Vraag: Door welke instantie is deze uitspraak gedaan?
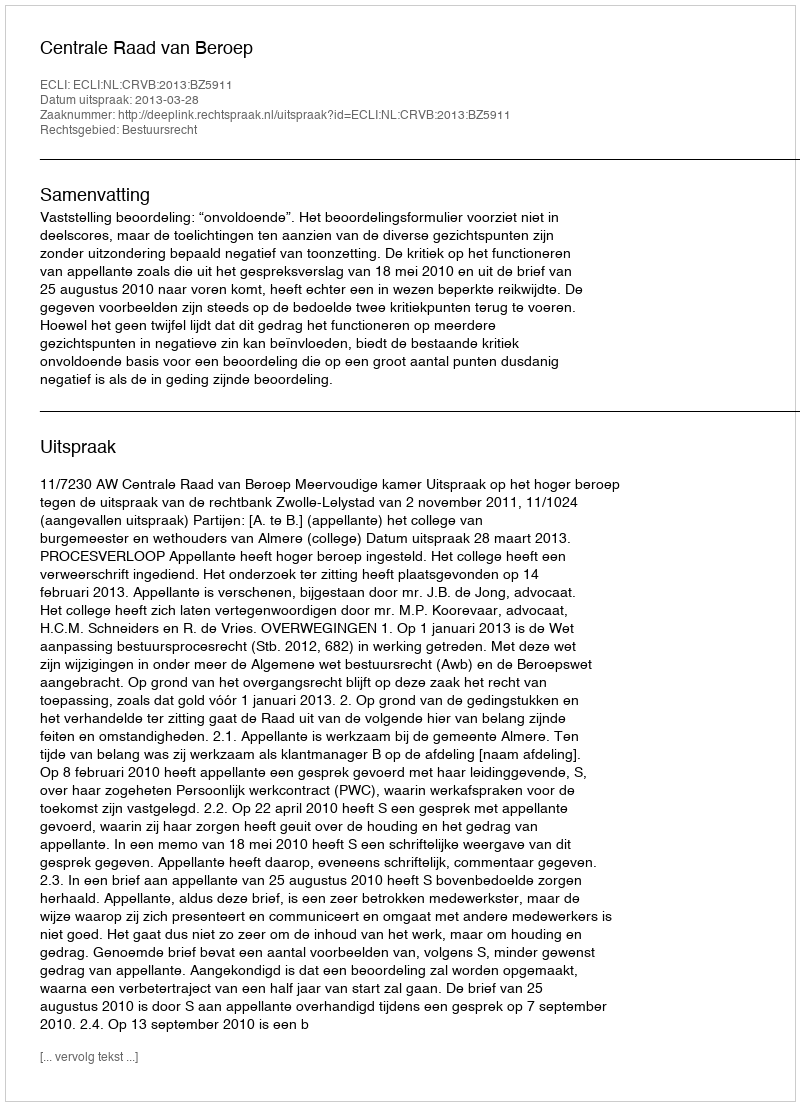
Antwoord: Centrale Raad van Beroep